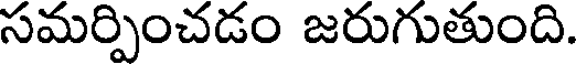
సమర్పించడం జరుగుతుంది.